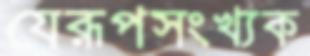
যেরূপসংখ্যক